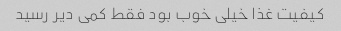
کیفیت غذا خیلی خوب بود فقط کمی دیر رسید